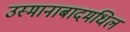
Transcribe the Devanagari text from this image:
उस्मानाबादमधिल